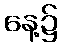
နေ့၌